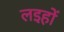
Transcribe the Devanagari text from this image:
लइहों